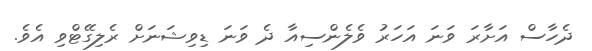
ދެހާސް އަށާރަ ވަނަ އަހަރު ވެލެންސިއާ ދެ ވަނަ ޑިވިޝަނަށް ރެލިގޭޓްވި އެވެ.